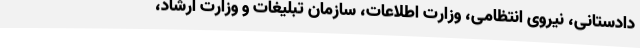
دادستانی، نیروی انتظامی، وزارت اطلاعات، سازمان تبلیغات و وزارت ارشاد،